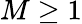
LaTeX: M\geq 1